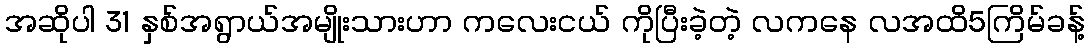
အဆိုပါ 31 နှစ်အရွာယ်အမျိုးသားဟာ ကလေးငယ် ကိုပြီးခဲ့တဲ့ လကနေ လအထိ5ကြိမ်ခန့်